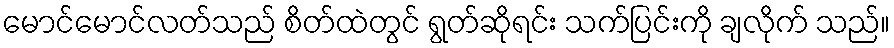
မောင်မောင်လတ်သည် စိတ်ထဲတွင် ရွတ်ဆိုရင်း သက်ပြင်းကို ချလိုက် သည်။